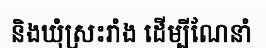
និងឃុំស្រះរាំង ដើម្បីណែនាំ